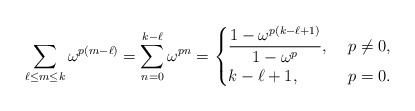
\begin{align*} \sum_{\ell \leq m \leq k }\omega^{p(m-\ell)} = \sum_{n=0}^{k-\ell}\omega^{pn}= \begin{cases} \dfrac{1-\omega^{p(k-\ell+1)}}{1-\omega^{p}},\ & p \neq 0, \\ k-\ell+1, \ & p=0. \end{cases}\end{align*}